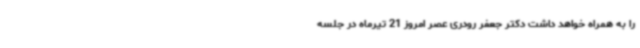
را به همراه خواهد داشت دکتر جعفر رودری عصر امروز 21 تیرماه در جلسه